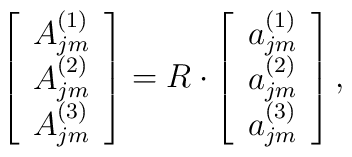
\left[\begin{array}{c} A_{jm}^{(1)} \\ A_{jm}^{(2)} \\ A_{jm}^{(3)} \end{array}\right] = R \cdot  \left[\begin{array}{c} a_{jm}^{(1)} \\ a_{jm}^{(2)} \\ a_{jm}^{(3)} \end{array}\right],